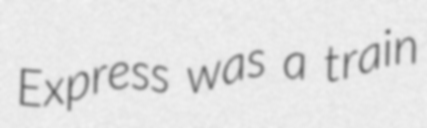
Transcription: Express was a train